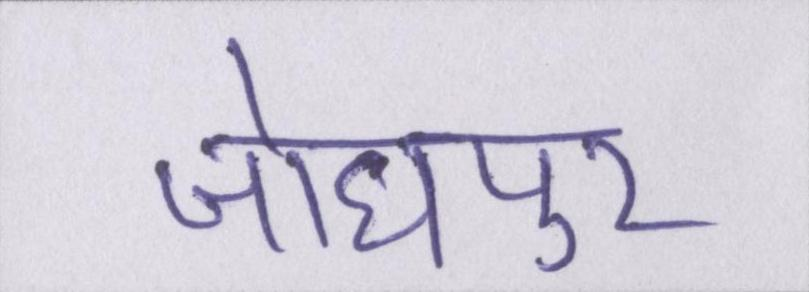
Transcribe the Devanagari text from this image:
जोधपुर